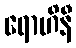
ရောဟိနီ